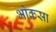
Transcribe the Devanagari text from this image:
भोकसा